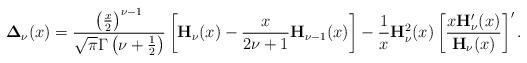
LaTeX: \begin{align*}\mathbf{\Delta}_{\nu}(x)=\frac{\left(\frac{x}{2}\right)^{\nu-1}}{\sqrt{\pi}\Gamma\left(\nu+\frac{1}{2}\right)}\left[\mathbf{H}_{\nu}(x)-\frac{x}{2\nu+1}\mathbf{H}_{\nu-1}(x)\right]-\frac{1}{x}\mathbf{H}_{\nu}^2(x)\left[\frac{x\mathbf{H}_{\nu}'(x)}{\mathbf{H}_{\nu}(x)}\right]'.\end{align*}